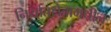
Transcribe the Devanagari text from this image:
निर्यातक्षेत्रामधील